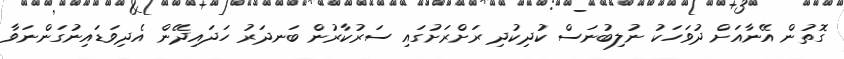
ގޮތުން އޭނާއަށް ދުވަހަކު ނުލިބުނަސް ކުދިކުދި ރަށްރަށުގައި ސަރުކާރުން ބަނދަރު ހަދައިދޭން އެދިވަޑައިނުގަންނަވާ